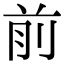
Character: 前